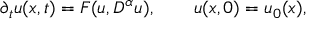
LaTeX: { \partial _ { t } } u ( x , t ) = F ( u , { D ^ { \alpha } } u ) , \qquad u ( x , 0 ) = { u _ { 0 } } ( x ) ,